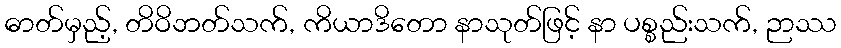
ဓာတ်မှည့်, တိဝိဘတ်သက်, ကိယာဒိတော နာသုတ်ဖြင့် နာ ပစ္စည်းသက်, ဉာဿ